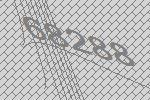
68288